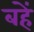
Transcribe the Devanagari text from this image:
बहें